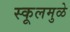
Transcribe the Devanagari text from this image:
स्कूलमुळे